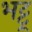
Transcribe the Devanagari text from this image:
भट्टू